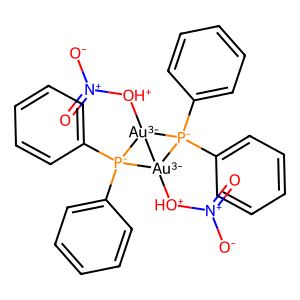
SMILES: O=[N+]([O-])[OH+][Au-3]12[P-](c3ccccc3)(c3ccccc3)[Au-3]1([OH+][N+](=O)[O-])[P-]2(c1ccccc1)c1ccccc1
Inhibits HIV replication: No